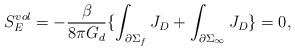
\begin{align*}S_{E}^{vol} = - \frac{\beta}{8 \pi G_{d}} \lbrace\int_{\partial\Sigma_{f}} J_{D} + \int_{\partial\Sigma_{\infty}} J_{D}\rbrace = 0,\end{align*}